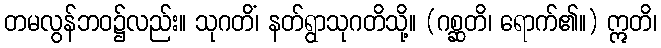
တမလွန်ဘဝ၌လည်း။ သုဂတိံ၊ နတ်ရွာသုဂတိသို့။ (ဂစ္ဆတိ၊ ရောက်၏။) ဣတိ၊